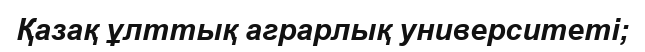
Қазақ ұлттық аграрлық университеті;